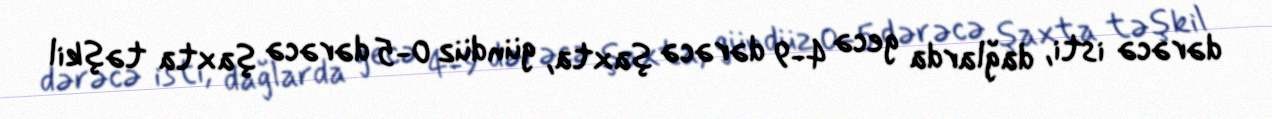
dərəcə isti, dağlarda gecə 4-9 dərəcə şaxta, gündüz 0-5 dərəcə şaxta təşkil